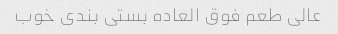
عالی طعم فوق العاده بستی بندی خوب